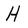
Character: H